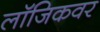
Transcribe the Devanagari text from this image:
लॉजिकवर